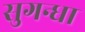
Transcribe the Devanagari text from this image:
सुगन्धा